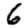
Digit: 6